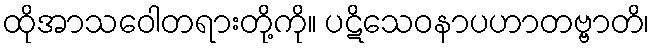
ထိုအာသဝေါတရားတို့ကို။ ပဋိသေဝနာပဟာတဗ္ဗာတိ၊